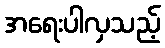
အရေးပါလှသည့်